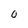
Character: 0